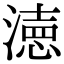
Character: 𭲓